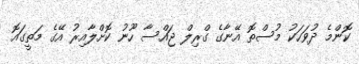
ކޮންމެ ދުވަހަކު މުސްތޮ އޭނާގެ ގްރިލް ޖައްސާ ހޫނު ކޮށްލާއިރު އޭގެ މަތީގައޮ